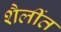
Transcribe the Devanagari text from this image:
शैलींत